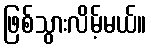
ဖြစ်သွားလိမ့်မယ်။